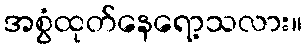
အစွံထုတ်နေရော့သလား။